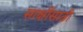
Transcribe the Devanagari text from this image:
साक्षींसाठी